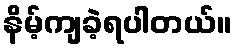
နိမ့်ကျခဲ့ရပါတယ်။